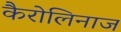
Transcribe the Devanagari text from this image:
कैरोलिनाज